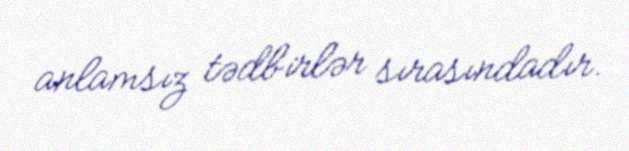
anlamsız tədbirlər sırasındadır.